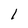
Character: 1